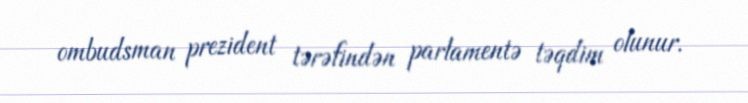
ombudsman prezident tərəfindən parlamentə təqdim olunur.